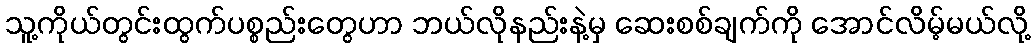
သူ့ကိုယ်တွင်းထွက်ပစ္စည်းတွေဟာ ဘယ်လိုနည်းနဲ့မှ ဆေးစစ်ချက်ကို အောင်လိမ့်မယ်လို့